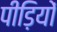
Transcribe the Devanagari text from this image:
पीड़ियों